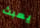
يعبث